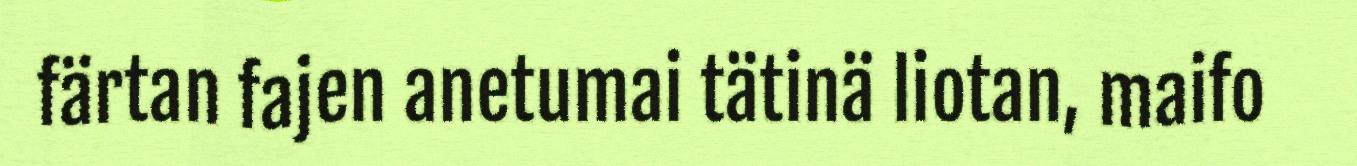
färtan fajen anetumai tätinä liotan, maifo